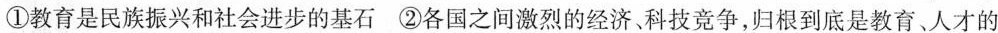
①教育是民族振兴和社会进步的基石②各国之间激烈的经济科技竞争，归根到底是教育、人才的